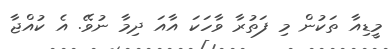
މީޑިއާ ތަކުން މި ފަތުރާ ވާހަކަ އާއަ ދިމާ ނުވޭ. އެ ކުއްޖާ